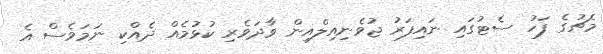
މެޗުގެ ފަހު ސެޓުގައި ނައިފަރު ޖުވެނިއިލްއިން ވާދަވެރި ކުޅުމެއް ދެއްކި ނަމަވެސް އެ